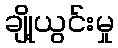
ချို့ယွင်းမှု